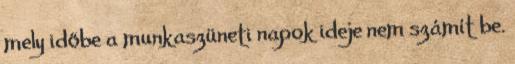
mely időbe a munkaszüneti napok ideje nem számít be.